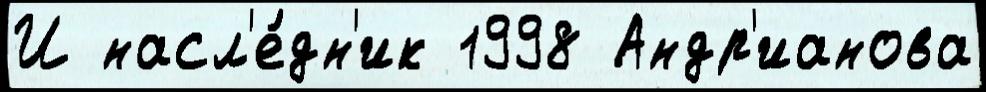
И насл'е́дн'ик 1998 Андр'ианова